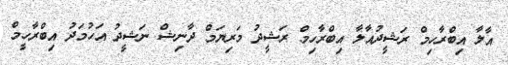
އާލާ އިބްރާހިމް ރަޝީދުއާލާ އިބްރާހިމް ރަޝީދު މަރިޔަމް ދާނިޝް ނަޝީދު އަހުމަދު އިބްރާހީމް